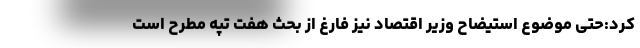
کرد:حتی موضوع استیضاح وزیر اقتصاد نیز فارغ از بحث هفت تپه مطرح است